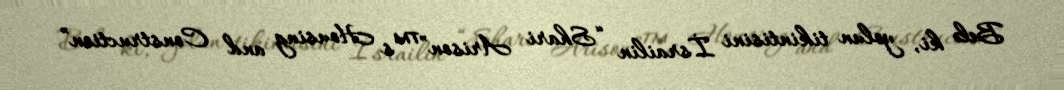
Belə ki, yolun tikintisini İsrailin “Shari Arison”™s Housing and Construction”